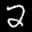
Label: 2